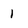
Character: 1